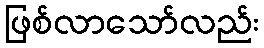
ဖြစ်လာသော်လည်း